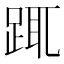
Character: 踂